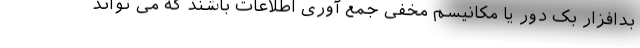
بدافزار بَک دور یا مکانیسم مخفی جمع آوری اطلاعات باشند که می تواند